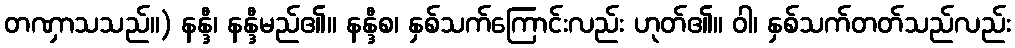
တဏှာသသည်။) နန္ဒီ၊ နန္ဒီမည်၏။ နန္ဒီစ၊ နှစ်သက်ကြောင်းလည်း ဟုတ်၏။ ဝါ၊ နှစ်သက်တတ်သည်လည်း